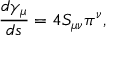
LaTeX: \frac { d \gamma _ { \mu } } { d s } = 4 S _ { \mu \nu } \pi ^ { \nu } ,